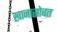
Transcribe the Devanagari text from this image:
खानासोबत